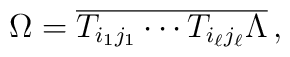
\Omega = \overline{T_{i_1 j_1} \cdots T_{i_\ell j_\ell} \Lambda} \, ,